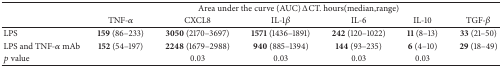
<table><thead><tr><td><b> </b></td><td colspan="6"><b> Area under the curve (AUC) ΔCT. hours(median,range)</b></td></tr><tr><td><b> </b></td><td><b>TNF-<i>α</i></b></td><td><b>CXCL8</b></td><td><b>IL-1<i>β</i></b></td><td><b>IL-6</b></td><td><b>IL-10</b></td><td><b>TGF-<i>β</i></b></td></tr></thead><tbody><tr><td>LPS</td><td><b>159</b> (86–233)</td><td><b>3050</b> (2170–3697)</td><td><b>1571</b> (1436–1891)</td><td><b>242</b> (120–1022)</td><td><b>11 </b>(8–13)</td><td><b>33</b> (21–50)</td></tr><tr><td>LPS and TNF-<i>α</i> mAb</td><td><b>152</b> (54–197)</td><td><b>2248</b> (1679–2988)</td><td><b>940</b> (885–1394)</td><td><b>144</b> (93–235)</td><td><b>6</b> (4–10)</td><td><b>29</b> (18–49)</td></tr><tr><td><i>p</i> value</td><td> </td><td>0.03</td><td>0.03</td><td>0.03</td><td>0.03</td><td> </td></tr></tbody></table>